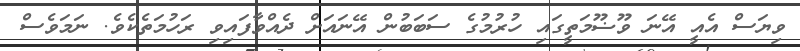
ވިޔަސް އެއީ އޭނަ ވޫޟޫމަތީގައި ހުރުމުގެ ސަބަބުން އޭނައަށް ދެއްވާފައިވި ރަހުމަތެކެވެ. ނަމަވެސް